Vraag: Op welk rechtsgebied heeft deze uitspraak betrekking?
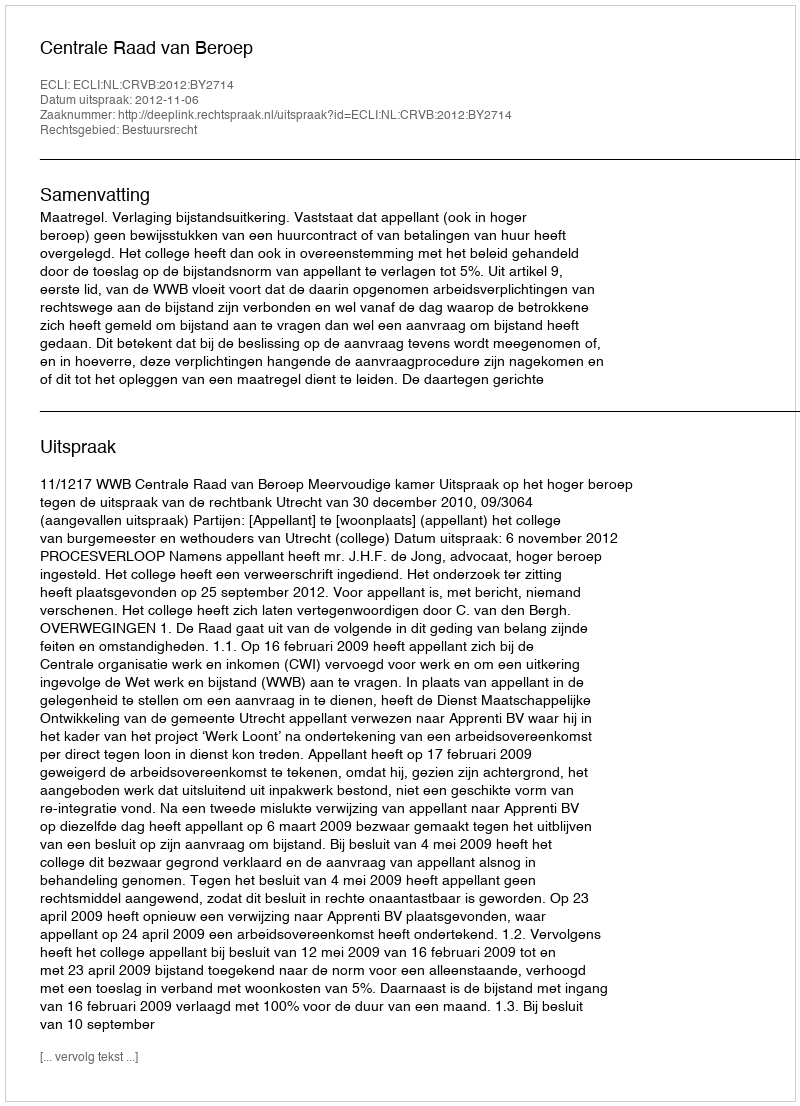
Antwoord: Bestuursrecht